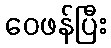
ဝေဖန်ပြီး